Indian Civil Veterinary Department memoirs
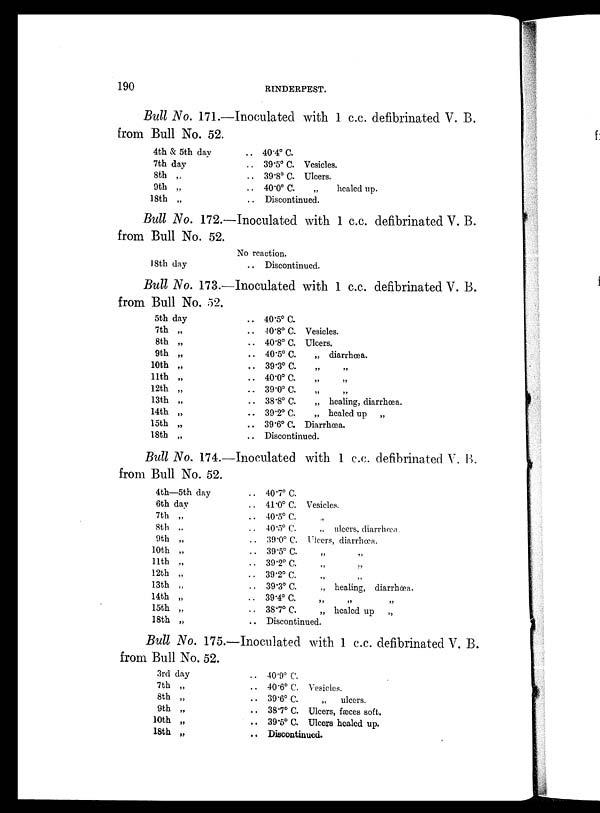
190
RINDERPEST.
Bull No. 171.—Inoculated with 1 c.c. defibrinated V. B.
from Bull No. 52.
4th & 5th day
7th day
8th „
9th „
18th „
.. 40.4º C.
.. 39.5º C. Vesicles.
.. 39.8º C. Ulcers.
.. 40.0º C.
„
healed up.
.. Discontinued.
Bull No. 172.—Inoculated with 1 c.c. defibrinated V. B.
from Bull No. 52.
18th day
No reaction.
.. Discontinued.
Bull No. 173.—Inoculated with 1 c.c. defibrinated V. B.
from Bull No. 52.
5th day
7th „
8th „
9th „
10th „
11th „
12th „
13th „
14th „
15th „
18th „
.. 40.5º C.
.. 40.8º C. Vesicles.
.. 40.8º C. Ulcers.
.. 40.5º C.
„ diarrhœa.
.. 39.3º C. „ „
.. 40.0º C. „ „
.. 39.0º C. „ „
.. 38.8º C.
„ healing, diarrhœa.
.. 39.2º C. „ healed up
„
.. 39.6º C. Diarrhœa.
.. Discontinued.
Bull No. 174.—Inoculated with 1 c.c. defibrinated V. B.
from Bull No. 52.
4th—5th day
6th day
7th „
8th „
9th „
10th „
11th „
12th „
13th „
14th „
15th „
18th „
.. 40.7º C.
.. 41.0º C. Vesicles.
.. 40.5º C. „
.. 40.5º C. „ ulcers, diarrhœa.
.. 39.0º C. Ulcers, diarrhœa.
.. 39.5º C. „ „
.. 39.2º C. „ „
.. 39.2º C. „ „
.. 39.3º C.
„
healing, diarrhœa.
.. 39.4º C. „ „ „
.. 38.7º C.
„ healed up
„
.. Discontinued.
Bull No. 175.—Inoculated with 1 c.c. defibrinated V. B.
from Bull No. 52.
3rd day
7th „
8th „
9th „
10th „
18th „
.. 40.9º C.
.. 40.6º C. Vesicles.
.. 39.6º C.
„
ulcers.
.. 38.7º C. Ulcers, fæces soft.
.. 39.5º C. Ulcers healed up.
.. Discontinued.